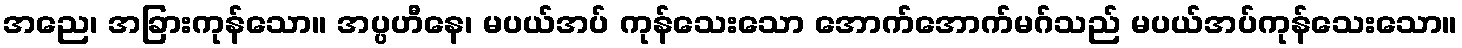
အညေ၊ အခြားကုန်သော။ အပ္ပဟီနေ၊ မပယ်အပ် ကုန်သေးသော အောက်အောက်မဂ်သည် မပယ်အပ်ကုန်သေးသော။